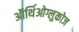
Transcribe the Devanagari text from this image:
ऑर्थिओग्लुकोज